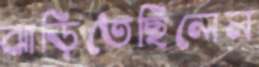
ঝাড়িতেছিলেন